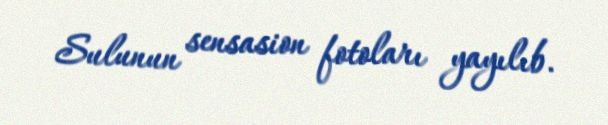
Sulunun sensasion fotoları yayılıb.